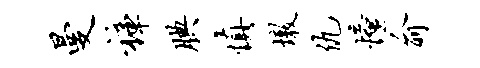
曼裤腆慎墩仇憧俞